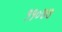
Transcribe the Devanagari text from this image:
११०७७